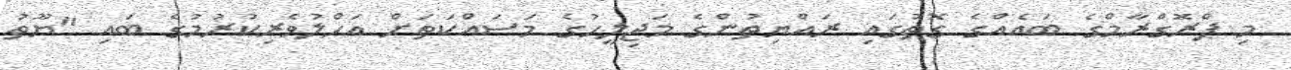
މި ޕްރޮގްރާމްގެ ބައެއްގެ ގޮތުގައި ރައްޔިތުންގެ މަޖިލީހުގެ މަސައްކަތަށް އަހްލުވެރިކުރުމުގެ ބައި "ޔޫތު